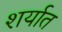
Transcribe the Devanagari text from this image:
शर्यात